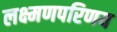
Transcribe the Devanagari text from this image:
लक्ष्मणपरिणय